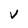
Character: V